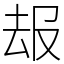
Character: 叝